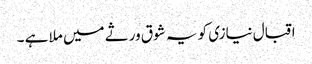
اقبال نیازی کو یہ شوق ورثے میں ملا ہے ۔